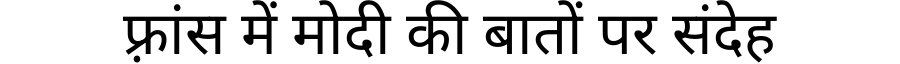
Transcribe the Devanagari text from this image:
फ़्रांस में मोदी की बातों पर संदेह